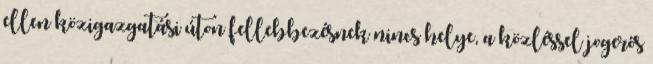
ellen közigazgatási úton fellebbezésnek nincs helye, a közléssel jogerős